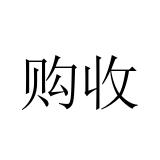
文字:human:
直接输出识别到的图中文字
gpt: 购收